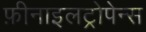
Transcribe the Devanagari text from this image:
फ़ीनाइलट्रोपेन्स